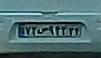
۷۲ص۹۴۲۳۴